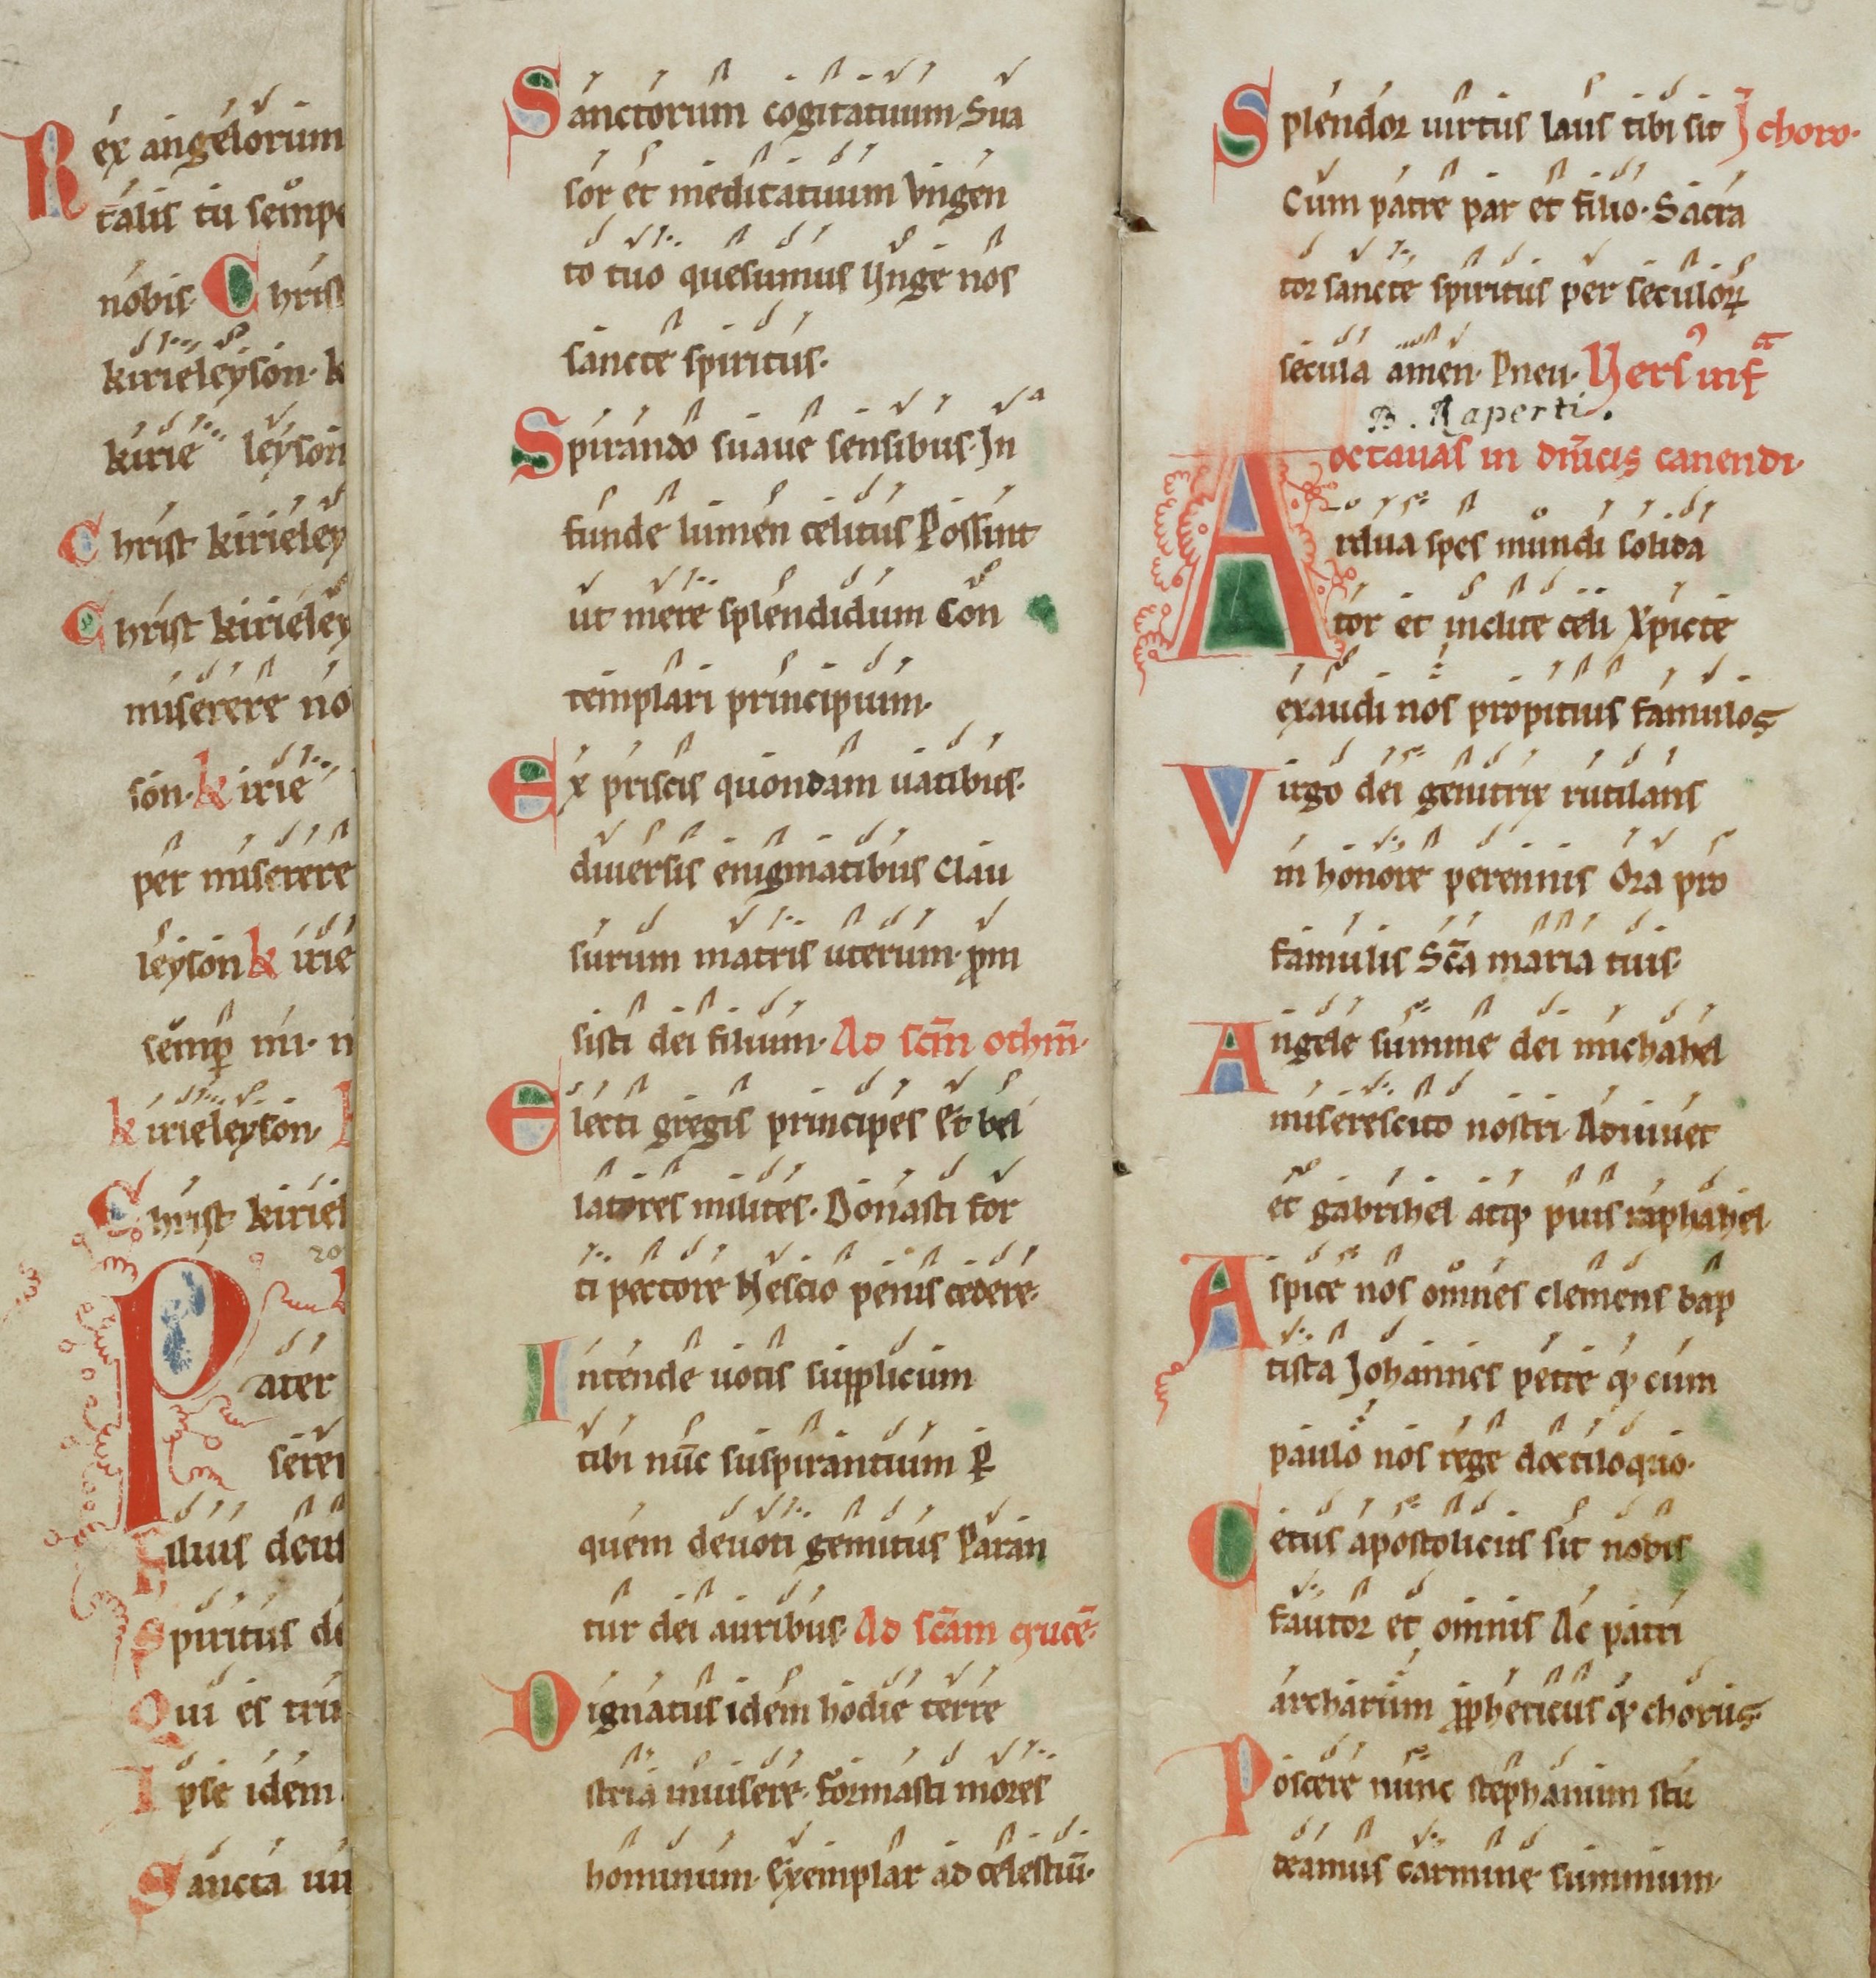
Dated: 1100–1199